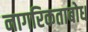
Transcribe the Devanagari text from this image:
नागरिकताबोध